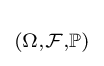
\scriptstyle (\Omega ,{\mathcal {F}},\mathbb {P} )